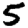
Digit: 5